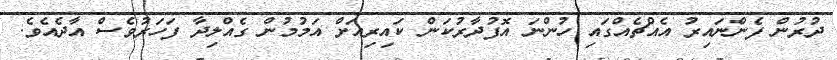
ދުރުން ފެންނައިރު އެއްޗެއްގައި ހުންނަ އޮފުދާރުކަން ކައިރިއަށް އަމުމުން ގެއްލިދާ ފަހަރުވެސް އާދެއެވެ.